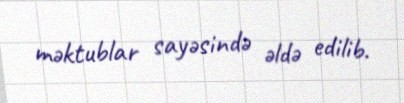
məktublar sayəsində əldə edilib.